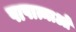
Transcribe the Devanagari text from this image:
पापात्माओं